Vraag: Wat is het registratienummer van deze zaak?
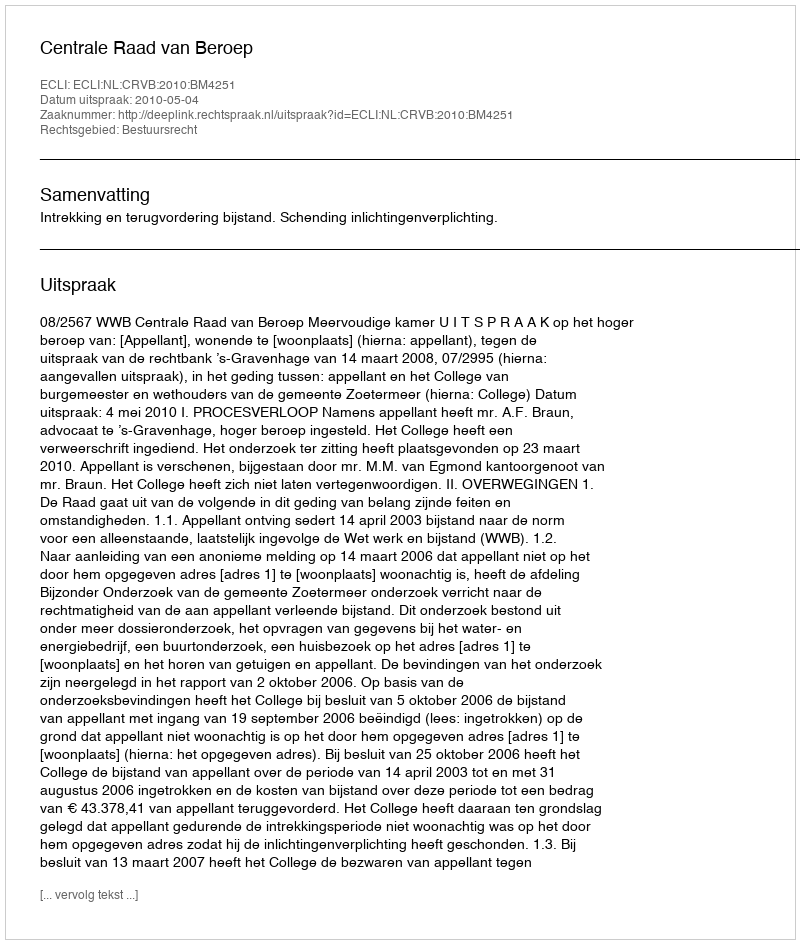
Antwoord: http://deeplink.rechtspraak.nl/uitspraak?id=ECLI:NL:CRVB:2010:BM4251